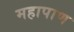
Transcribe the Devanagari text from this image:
महापाण